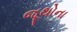
જૂથોના